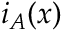
\ i _ { A } ( x )